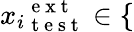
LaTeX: {x_{i}}_{\mathrm{~t~e~s~t~}}^{\mathrm{~e~x~t~}}\in\{